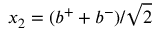
x _ { 2 } = ( b ^ { + } + b ^ { - } ) / \sqrt { 2 }